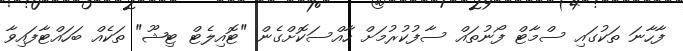
ފާހާނަ ތަކުގައި ސްމާޓް ފޯނުތައް ސާފުކުރުމަށް ހާއްސަކޮށްގެން "ޓޮއިލެޓް ޓިޝޫ" ތަކެއް ބަހައްޓާފައިވާ